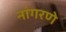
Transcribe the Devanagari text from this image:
नांगरणे